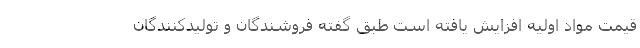
قیمت مواد اولیه افزایش یافته است طبق گفته فروشندگان و تولیدکنندگان